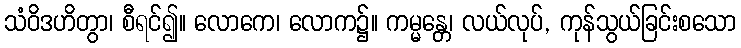
သံဝိဒဟိတွာ၊ စီရင်၍။ လောကေ၊ လောက၌။ ကမ္မန္တေ၊ လယ်လုပ်, ကုန်သွယ်ခြင်းစသော